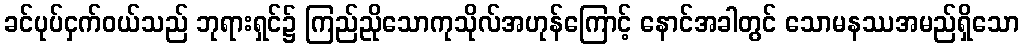
ခင်ပုပ်ငှက်ဝယ်သည် ဘုရားရှင်၌ ကြည်ညိုသောကုသိုလ်အဟုန်ကြောင့် နောင်အခါတွင် သောမနဿအမည်ရှိသော